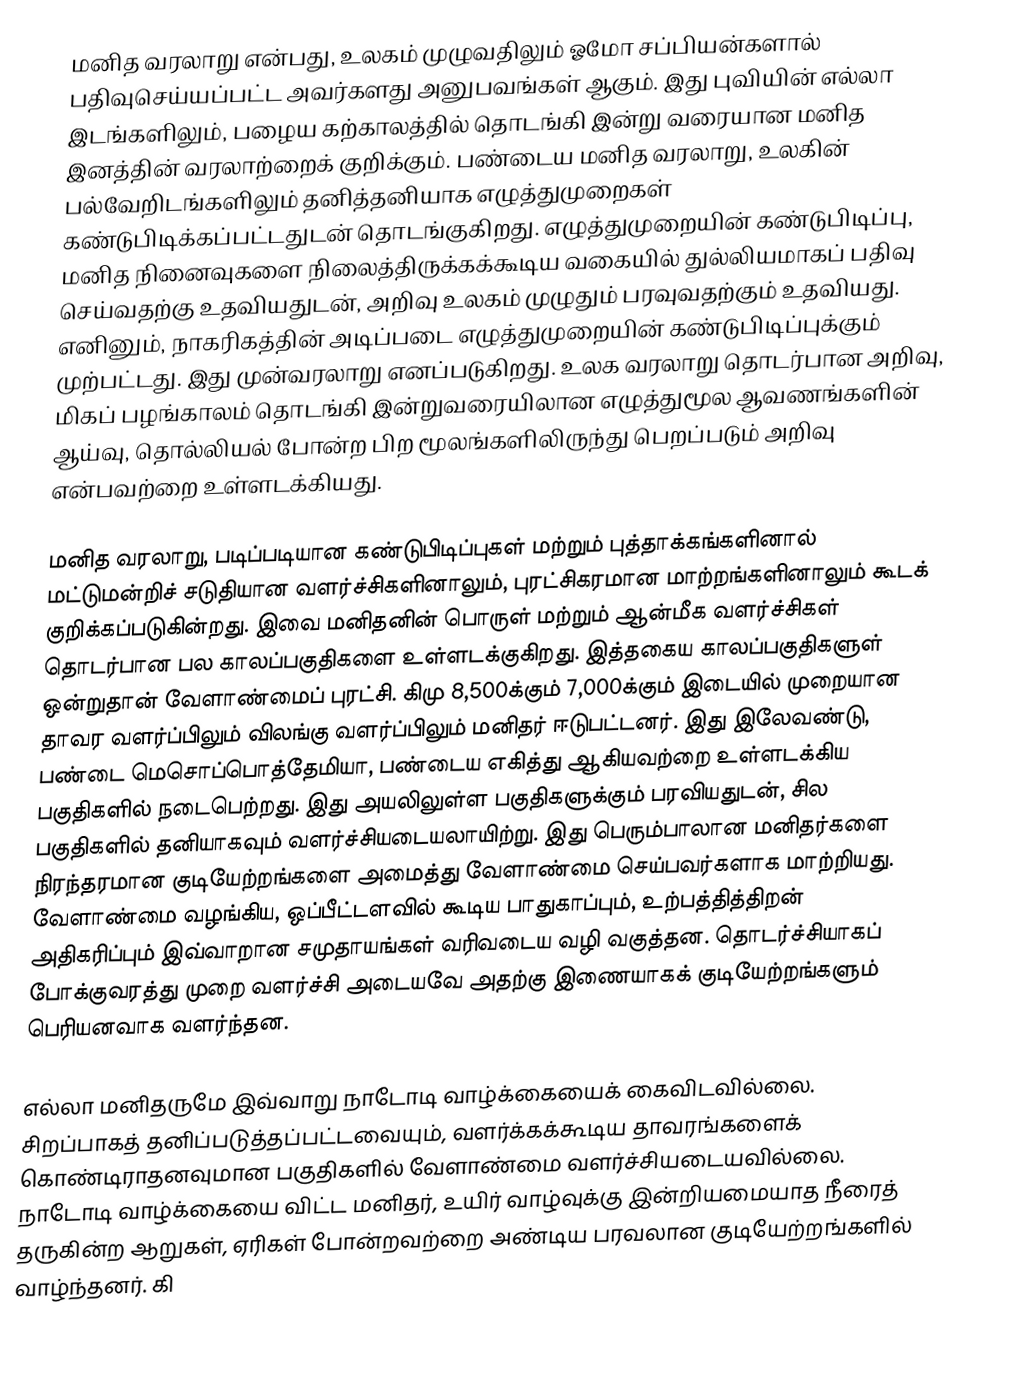
மனித வரலாறு என்பது, உலகம் முழுவதிலும் ஓமோ சப்பியன்களால் பதிவுசெய்யப்பட்ட அவர்களது அனுபவங்கள் ஆகும். இது புவியின் எல்லா இடங்களிலும், பழைய கற்காலத்தில் தொடங்கி இன்று வரையான மனித இனத்தின் வரலாற்றைக் குறிக்கும். பண்டைய மனித வரலாறு, உலகின் பல்வேறிடங்களிலும் தனித்தனியாக எழுத்துமுறைகள் கண்டுபிடிக்கப்பட்டதுடன் தொடங்குகிறது. எழுத்துமுறையின் கண்டுபிடிப்பு, மனித நினைவுகளை நிலைத்திருக்கக்கூடிய வகையில் துல்லியமாகப் பதிவு செய்வதற்கு உதவியதுடன், அறிவு உலகம் முழுதும் பரவுவதற்கும் உதவியது. எனினும், நாகரிகத்தின் அடிப்படை எழுத்துமுறையின் கண்டுபிடிப்புக்கும் முற்பட்டது. இது முன்வரலாறு எனப்படுகிறது. உலக வரலாறு தொடர்பான அறிவு, மிகப் பழங்காலம் தொடங்கி இன்றுவரையிலான எழுத்துமூல ஆவணங்களின் ஆய்வு, தொல்லியல் போன்ற பிற மூலங்களிலிருந்து பெறப்படும் அறிவு என்பவற்றை உள்ளடக்கியது.

மனித வரலாறு, படிப்படியான கண்டுபிடிப்புகள் மற்றும் புத்தாக்கங்களினால் மட்டுமன்றிச் சடுதியான வளர்ச்சிகளினாலும், புரட்சிகரமான மாற்றங்களினாலும் கூடக் குறிக்கப்படுகின்றது. இவை மனிதனின் பொருள் மற்றும் ஆன்மீக வளர்ச்சிகள் தொடர்பான பல காலப்பகுதிகளை உள்ளடக்குகிறது. இத்தகைய காலப்பகுதிகளுள் ஒன்றுதான் வேளாண்மைப் புரட்சி. கிமு 8,500க்கும் 7,000க்கும் இடையில் முறையான தாவர வளர்ப்பிலும் விலங்கு வளர்ப்பிலும் மனிதர் ஈடுபட்டனர். இது இலேவண்டு, பண்டை மெசொப்பொத்தேமியா, பண்டைய எகித்து ஆகியவற்றை உள்ளடக்கிய பகுதிகளில் நடைபெற்றது. இது அயலிலுள்ள பகுதிகளுக்கும் பரவியதுடன், சில பகுதிகளில் தனியாகவும் வளர்ச்சியடையலாயிற்று. இது பெரும்பாலான மனிதர்களை நிரந்தரமான குடியேற்றங்களை அமைத்து வேளாண்மை செய்பவர்களாக மாற்றியது. வேளாண்மை வழங்கிய, ஒப்பீட்டளவில் கூடிய பாதுகாப்பும், உற்பத்தித்திறன் அதிகரிப்பும் இவ்வாறான சமுதாயங்கள் வரிவடைய வழி வகுத்தன. தொடர்ச்சியாகப் போக்குவரத்து முறை வளர்ச்சி அடையவே அதற்கு இணையாகக் குடியேற்றங்களும் பெரியனவாக வளர்ந்தன.

எல்லா மனிதருமே இவ்வாறு நாடோடி வாழ்க்கையைக் கைவிடவில்லை. சிறப்பாகத் தனிப்படுத்தப்பட்டவையும், வளர்க்கக்கூடிய தாவரங்களைக் கொண்டிராதனவுமான பகுதிகளில் வேளாண்மை வளர்ச்சியடையவில்லை. நாடோடி வாழ்க்கையை விட்ட மனிதர், உயிர் வாழ்வுக்கு இன்றியமையாத நீரைத் தருகின்ற ஆறுகள், ஏரிகள் போன்றவற்றை அண்டிய பரவலான குடியேற்றங்களில் வாழ்ந்தனர். கி